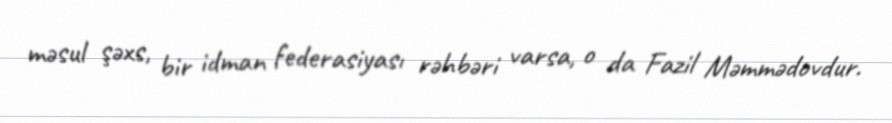
məsul şəxs, bir idman federasiyası rəhbəri varsa, o da Fazil Məmmədovdur.